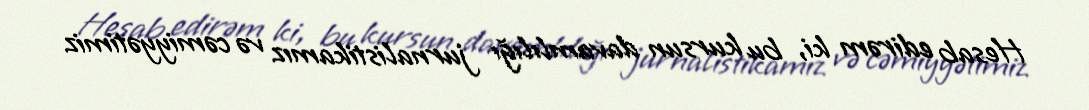
Hesab edirəm ki, bu kursun davamlılığı jurnalistikamız və cəmiyyətimiz